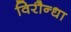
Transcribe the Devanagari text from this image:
विरौन्धा